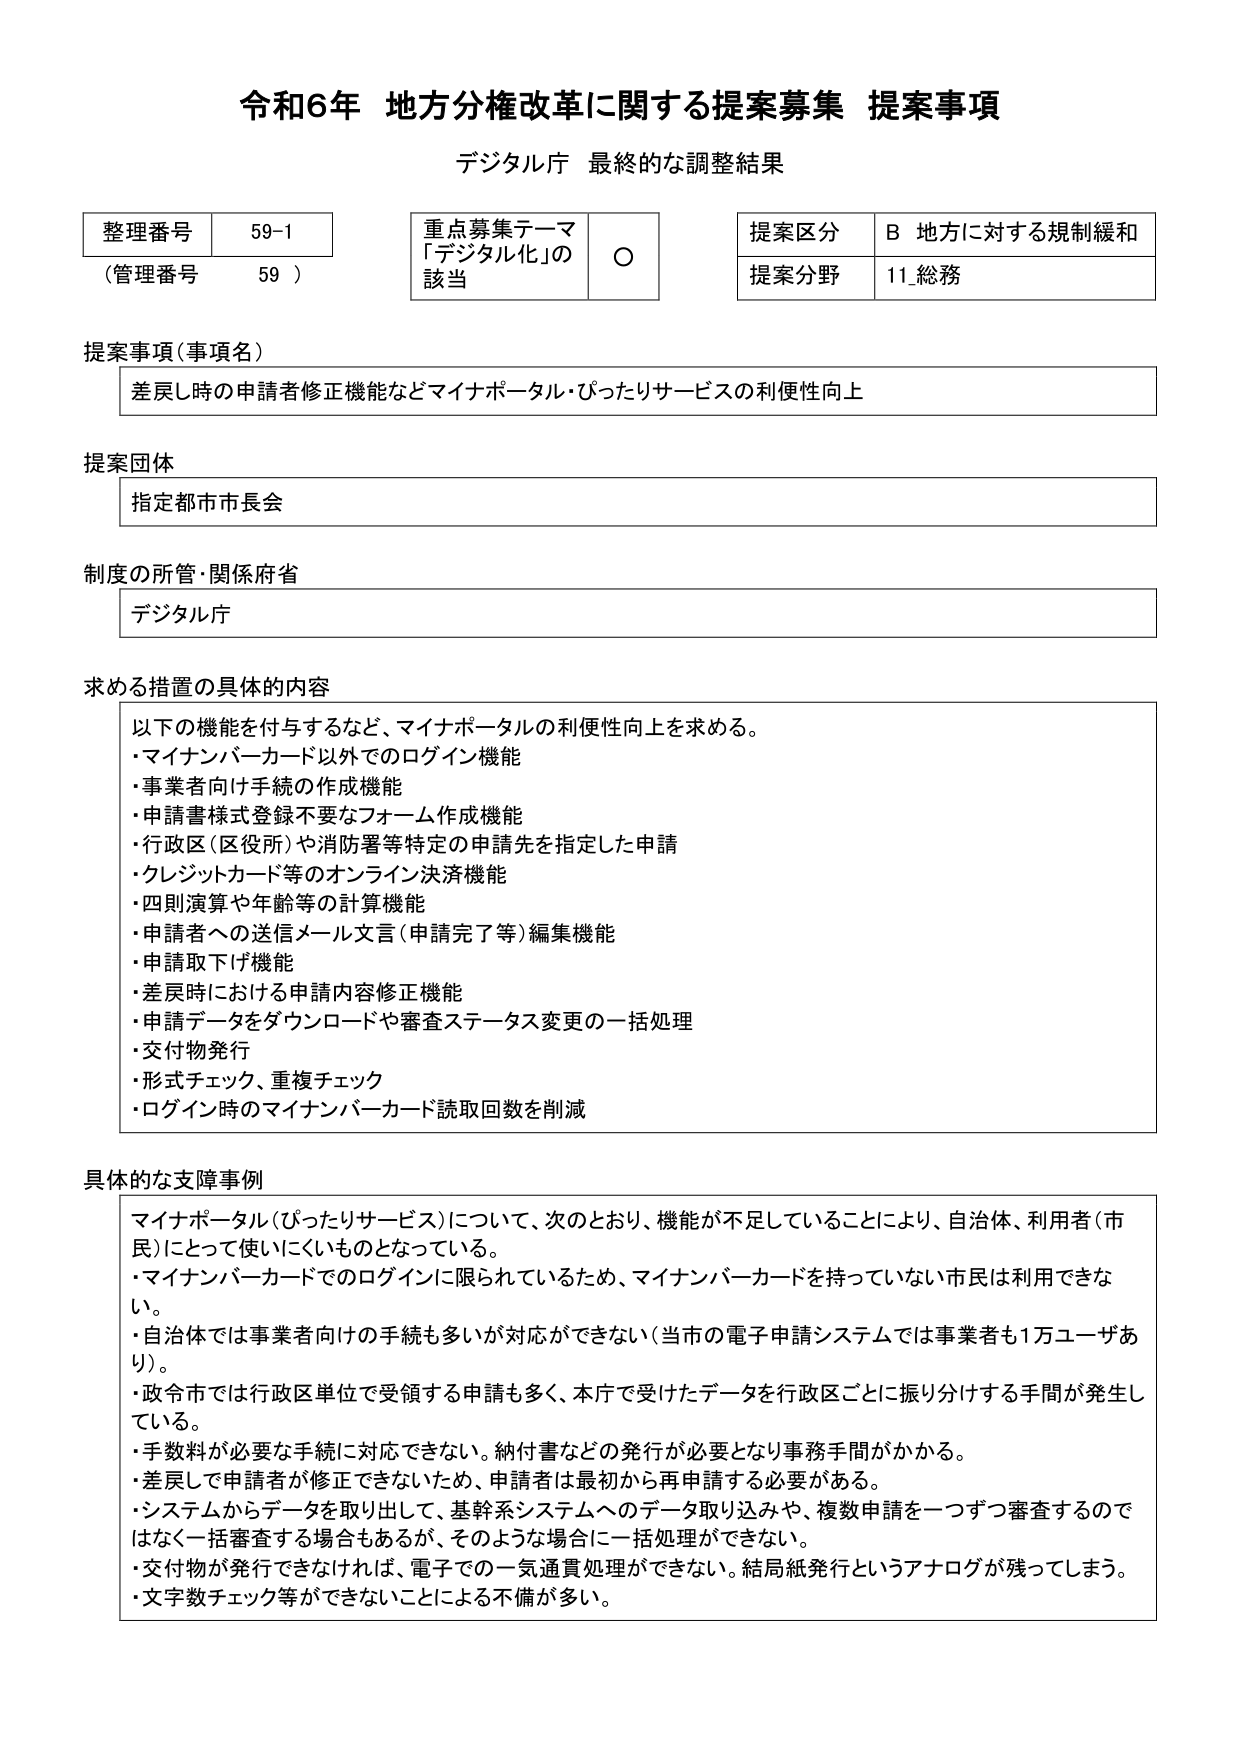
令和6年 地方分権改革に関する提案募集 提案事項
デジタル庁 最終的な調整結果

整理番号 59-1
（管理番号 59）

重点募集テーマ
「デジタル化」の
該当 ○

提案区分 B 地方に対する規制緩和
提案分野 11_総務

提案事項（事項名）
差戻し時の申請者修正機能などマイナポータル・ぴったりサービスの利便性向上

提案団体
指定都市市長会

制度の所管・関係府省
デジタル庁

求める措置の具体的な内容
以下の機能を付与するなど、マイナポータルの利便性向上を求める。
・マイナンバーカード以外でのログイン機能
・事業者向け手続の作成機能
・申請書様式登録不要なフォーム作成機能
・行政区（区役所）や消防署等特定の申請先を指定した申請
・クレジットカード等のオンライン決済機能
・四則演算や年齢等の計算機能
・申請者への送信メール文言（申請完了等）編集機能
・申請取下げ機能
・差戻時における申請内容修正機能
・申請データをダウンロードや審査ステータス変更の一括処理
・交付物発行
・形式チェック、重複チェック
・ログイン時のマイナンバーカード読取回数を削減

具体的な支障事例
マイナポータル（ぴったりサービス）について、次のとおり、機能が不足していることにより、自治体、利用者（市民）にとって使いにくいものとなっている。
・マイナンバーカードでのログインに限られているため、マイナンバーカードを持っていない市民は利用できない。
・自治体では事業者向けの手続も多いが対応ができない（当市の電子申請システムでは事業者も1万ユーザあり）。
・政令市では行政区単位で受領する申請も多く、本庁で受けたデータを行政区ごとに振り分ける手間が発生している。
・手数料が必要な手続に対応できない。納付書などの発行が必要となり事務手間がかかる。
・差戻しで申請者が修正できないため、申請者は最初から再申請する必要がある。
・システムからデータを取り出して、基幹系システムへのデータ取り込みや、複数申請を一つずつ審査するのではなく一括審査する場合もあるが、そのような場合に一括処理ができない。
・交付物が発行できなければ、電子での一気通貫処理ができない。結局紙発行というアナログが残ってしまう。
・文字数チェック等ができないことによる不備が多い。